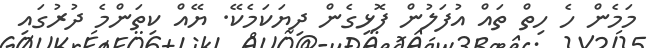
މަމެން ހެ ހިތް ތައް އުފަލުން ފޮޅިގެން ދިޔަކަމެކޭ. ޔޭއް ކިތަންމެ ދުރުގައި